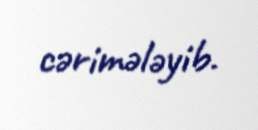
cərimələyib.